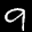
Label: 9